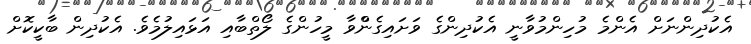
އެކުދިންނަށް އެންމެ މުހިންމުވާނީ އެކުދިންގެ ވަށައިގެންްވާ މީހުންގެ ލޯތްބާއި އަޅައިލުމެވެ. އެކުދިން ބާކީކޮށް